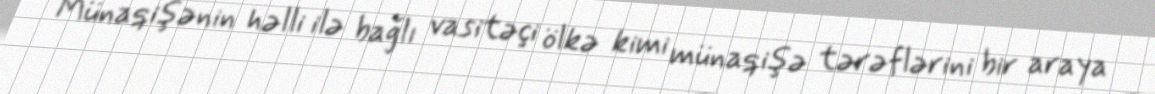
Münaqişənin həlli ilə bağlı vasitəçi ölkə kimi münaqişə tərəflərini bir araya